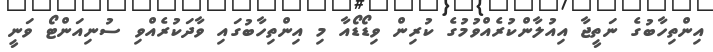
އިންތިހާބުގެ ނަތީޖާ އިއުލާންކުރެއްވުމުގެ ކުރިން ވިޑޯޑޯއާ މި އިންތިހާބުގައި ވާދަކުރެއްވި ސުނިއަންޓޯ ވަނީ